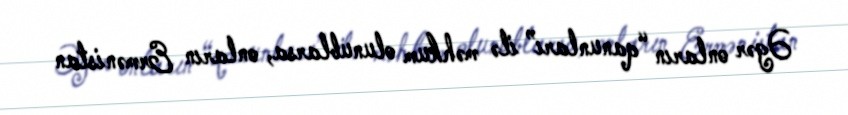
Əgər onların “qanunları” ilə məhkum olunublarsa, onların Ermənistan